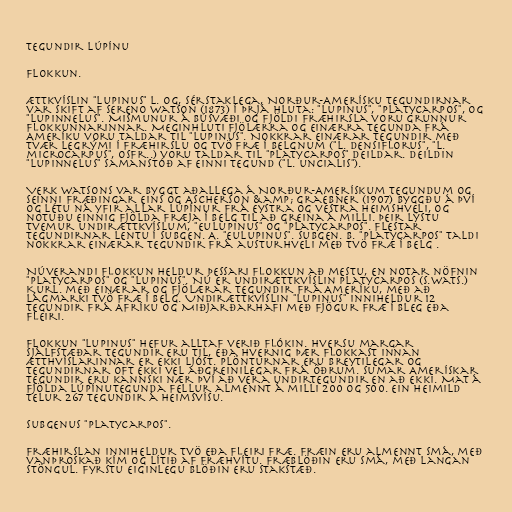
Tegundir lúpínu

Flokkun.

Ættkvíslin "Lupinus" L. og, sérstaklega, Norður-Amerísku tegundirnar
var skift af Sereno Watson (1873) í þrjá hluta: "Lupinus", "Platycarpos", og
"Lupinnelus". Mismunur á búsvæði og fjöldi fræhirsla voru grunnur
flokkunnarinnar. Meginhluti fjölærra og einærra tegunda frá
Ameríku voru taldar til "Lupinus". Nokkrar einærar tegundir með
tvær legrými í fræhirslu og tvö fræ í belgnum ("L. densiflorus", "L.
microcarpus", osfr..) voru taldar til "Platycarpos" deildar. Deildin
"Lupinnelus" samanstóð af einni tegund ("L. uncialis").

Verk Watsons var byggt aðallega á Norður-Amerískum tegundum og
seinni fræðingar eins og Ascherson &amp; Graebner (1907) byggðu á því
og létu ná yfir allar lúpínur frá eystra og vestra heimshveli, og
notuðu einnig fjölda fræja í belg til að greina á milli. Þeir lýstu
tvemur undirættkvíslum, "Eulupinus" og "Platycarpos". Flestar
tegundirnar lentu í subgen. A. "Eulupinus". Subgen. B. "Platycarpos" taldi
nokkrar einærar tegundir frá austurhveli með tvö fræ í belg .

Núverandi flokkun heldur þessari flokkun að mestu, en notar nöfnin
"Platycarpos" og "Lupinus". Nú er undirættkvíslin Platycarpos (S.Wats.)
Kurl. með einærar og fjölærar tegundir frá Ameríku, með að
lágmarki tvö fræ í belg. Undirættkvíslin "Lupinus" inniheldur 12
tegundir frá Afríku og Miðjarðarhafi með fjögur fræ í bleg eða
fleiri.

Flokkun "Lupinus" hefur alltaf verið flókin. Hversu margar
sjálfstæðar tegundir eru til, eða hvernig þær flokkast innan
ætthvíslarinnar er ekki ljóst. Plönturnar eru breytilegar og
tegundirnar oft ekki vel aðgreinilegar frá öðrum. Sumar Amerískar
tegundir eru kannski nær því að vera undirtegundir en að ekki. Mat á
fjölda lúpínutegunda fellur almennt á milli 200 og 500. Ein heimild
telur 267 tegundir á heimsvísu.

Subgenus "Platycarpos".

Fræhirslan inniheldur tvö eða fleiri fræ. Fræin eru almennt smá, með
vanþroskað kím og lítið af fræhvítu. fræblöðin eru smá, með langan
stöngul. Fyrstu eiginlegu blöðin eru stakstæð.